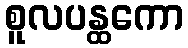
စူလပန္ထကော